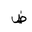
Letter: _dad